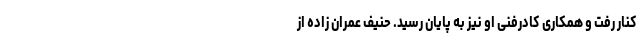
کنار رفت و همکاری کادرفنی او نیز به پایان رسید. حنیف عمران زاده از